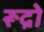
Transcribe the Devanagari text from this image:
रूद्रो